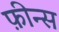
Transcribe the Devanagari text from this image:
फ़ीन्स